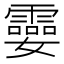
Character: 孁